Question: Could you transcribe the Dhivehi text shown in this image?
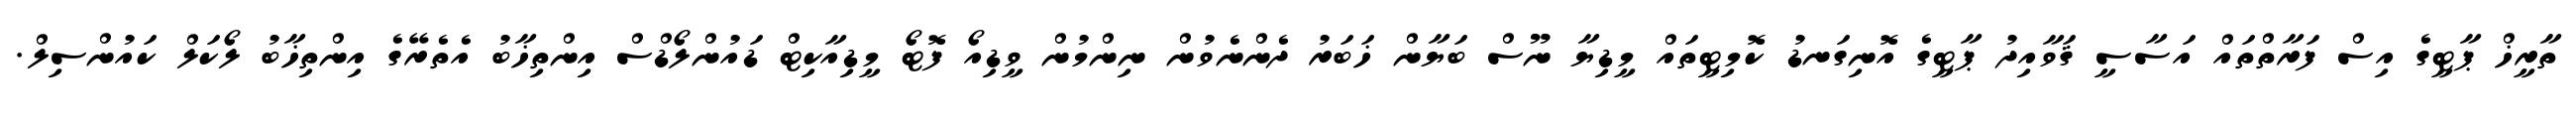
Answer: ތާރީޚް ޕާޓީގެ އިސް ފަރާތްތައް އަސާސީ ޤަވާއިދު ޕާޓީގެ އޮނިގަނޑު ކޮމިޓީތައް މީޑިޔާ ނޫސް ބަޔާން ޚަބަރު ދެންނެވުން ނިންމުން ވީޑިއޯ ފޮޓޯ މީޑިއާކިޓް ޑައުންލޯޑްސް އިންތިޚާބު އެތެރޭގެ އިންތިޚާބު ލޯކަލް ކައުންސިލް.